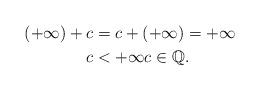
LaTeX: \begin{align*}(+\infty) + c & = c + (+\infty) = +\infty \\ c & < +\infty c \in {\mathbb Q}.\end{align*}